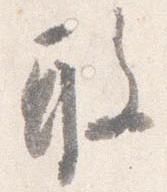
敢